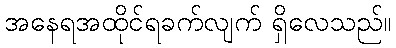
အနေရအထိုင်ရခက်လျက် ရှိလေသည်။